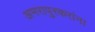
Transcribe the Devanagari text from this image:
अमरापुरकरांना